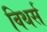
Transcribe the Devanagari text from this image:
विथर्स